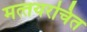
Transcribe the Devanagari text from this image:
मत्‍तयरचित